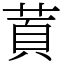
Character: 鿓